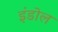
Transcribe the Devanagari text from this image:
इंडोल